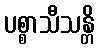
ပစ္စာသီသန္တိ